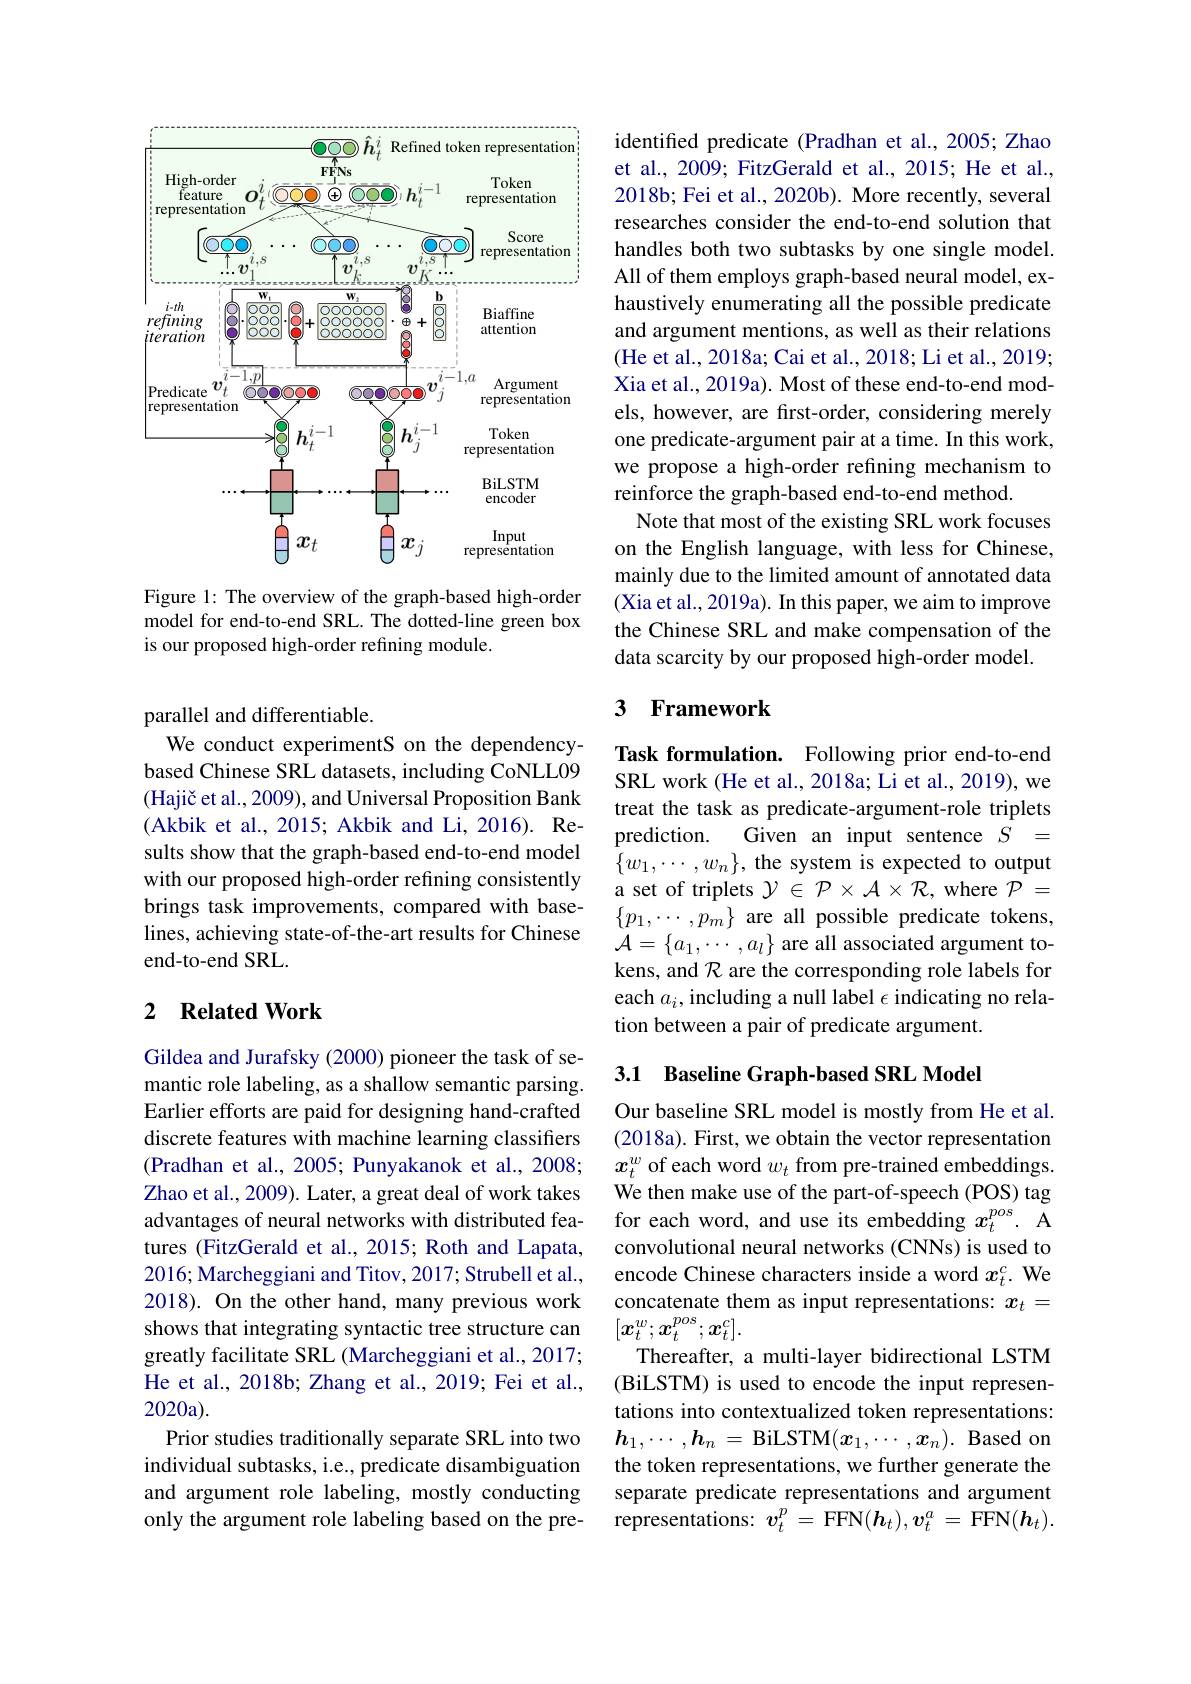
<FigureHere>

Figure 1: The overview of the graph-based high-order model for end-to-end SRL. The dotted-line green box is our proposed high-order refining module.

parallel and differentiable.
We conduct experimentS on the dependencybased Chinese SRL datasets, including CoNLL09 $( \text{Haji\v{c} et al. , 2009) , and Universal Proposition Bank}$ (Akbik et al., 2015; Akbik and Li, 2016). Results show that the graph-based end-to-end model with our proposed high-order refining consistently brings task improvements, compared with baselines, achieving state-of-the-art results for Chinese end-to-end SRL.

### 2 $\textbf{Related Work}$

Gildea and Jurafsky (2000) pioneer the task of semantic role labeling, as a shallow semantic parsing. Earlier efforts are paid for designing hand-crafted discrete features with machine learning classifiers (Pradhan et al., 2005; Punyakanok et al., 2008; Zhao et al., 2009). Later, a great deal of work takes advantages of neural networks with distributed features (FitzGerald et al., 2015; Roth and Lapata, 2016; Marcheggiani and Titov, 2017; Strubell et al., 2018). On the other hand, many previous work shows that integrating syntactic tree structure can greatly facilitate SRL (Marcheggiani et al., 2017; He et al., 2018b; Zhang et al., 2019; Fei et al., 2020a).
Prior studies traditionally separate SRL into two individual subtasks, i.e., predicate disambiguation and argument role labeling, mostly conducting only the argument role labeling based on the pre-

identified predicate (Pradhan et al.,2005; Zhao et al., 2009; FitzGerald et al., 2015; He et al., 2018b; Fei et al., 2020b). More recently, several researches consider the end-to-end solution that handles both two subtasks by one single model. All of them employs graph-based neural model, exhaustively enumerating all the possible predicate and argument mentions, as well as their relations (He et al., 2018a; Cai et al., 2018; Li et al., 2019; Xia et al., 2019a). Most of these end-to-end models, however, are first-order, considering merely one predicate-argument pair at a time. In this work, we propose a high-order refining mechanism to reinforce the graph-based end-to-end method.
Note that most of the existing SRL work focuses on the English language, with less for Chinese, mainly due to the limited amount of annotated data (Xia et al., 2019a). In this paper, we aim to improve the Chinese SRL and make compensation of the data scarcity by our proposed high-order model.

### 3 Framework

Task formulation. Following prior end-to-end SRL work (He et al., 2018a; Li et al., 2019), we treat the task as predicate-argument-role triplets prediction.
Given an input sentence $S=$
$\{w_1,\cdots,w_n\}$, the system is expected to output a set of triplets $\mathcal{Y}\in\mathcal{P}\times\mathcal{A}\times\mathcal{R}$, where $\mathcal{P}=$ $\{p_{1},\cdots,p_{m}\}$ are all possible predicate tokens, ${\mathcal A}=\{a_{1},\cdots,a_{l}\}$ are all associated argument tokens, and $\mathcal{R}$ are the corresponding role labels for each $a_i$, including a null label $\epsilon$ indicating no relation between a pair of predicate argument.

## 3.1 Baseline Graph-based SRL Model

Our baseline SRL model is mostly from He et al. (2018a). First, we obtain the vector representation $x_t^w$ of each word $w_t$ from pre-trained embeddings. We then make use of the part-of-speech (POS) tag for each word, and use its embedding $x_t^{pos}.$ A convolutional neural networks (CNNs) is used to encode Chinese characters inside a word $x_t^c.$ We concatenate them as input representations: $x_t=$ $[\boldsymbol{x}_t^w;\boldsymbol{x}_t^{pos};\boldsymbol{x}_t^c].$
Thereafter, a multi-layer bidirectional LSTM (BiLSTM) is used to encode the input representations into contextualized token representations: $\boldsymbol{h}_1,\cdots,\boldsymbol{h}_n=$BiLSTM$(x_1,\cdots,x_n).$ Based on the token representations, we further generate the separate predicate representations and argument representations: $v_t^p=$ FFN$(\boldsymbol h_t),\boldsymbol v_t^a=$ FFN$(\boldsymbol h_t).$